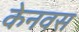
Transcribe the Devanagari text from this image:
केनवस